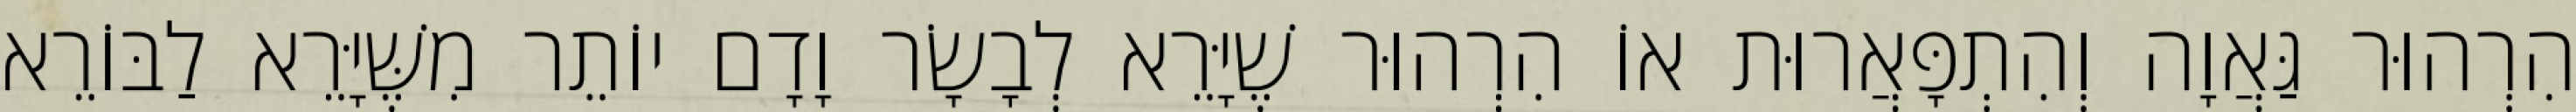
הִרְהוּר גַּאֲוָה וְהִתְפָּאֲרוּת אוֹ הִרְהוּר שֶׁיָּרֵא לְבָשָׂר וָדָם יוֹתֵר מִשֶּׁיָּרֵא לַבּוֹרֵא